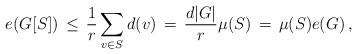
LaTeX: \begin{align*}e(G[S])\,\le\, {1\over r}\sum_{v\in S} d(v)\, =\, {d|G|\over r}\mu(S)\,=\,\mu(S)e(G)\,,\end{align*}